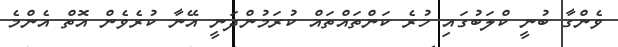
ވެންގާ ބުނީ ކްލަބުގައި ހުރެ ކަންތައްތައް ކުރަމުންދަނީ އޭނާ ކުރެވެން އޮތް އެންމެ